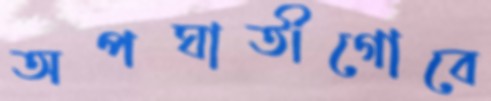
অপঘাতীগোবে